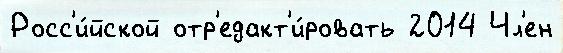
Росс'и́йской отр'едакт'и́ровать 2014 Чл'ен